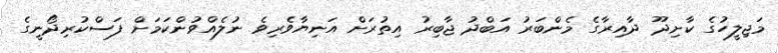
މަޖިލީހުގެ ކާށިދޫ ދާއިރާގެ މެންބަރު އަބްދު ޖާބިރު އިތުރަށް އަނިޔާވެރިވެ ނުލެއްވުންކަމަށް ފަސްކުރިދޯނީގެ